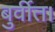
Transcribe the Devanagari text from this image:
बुर्वीत।